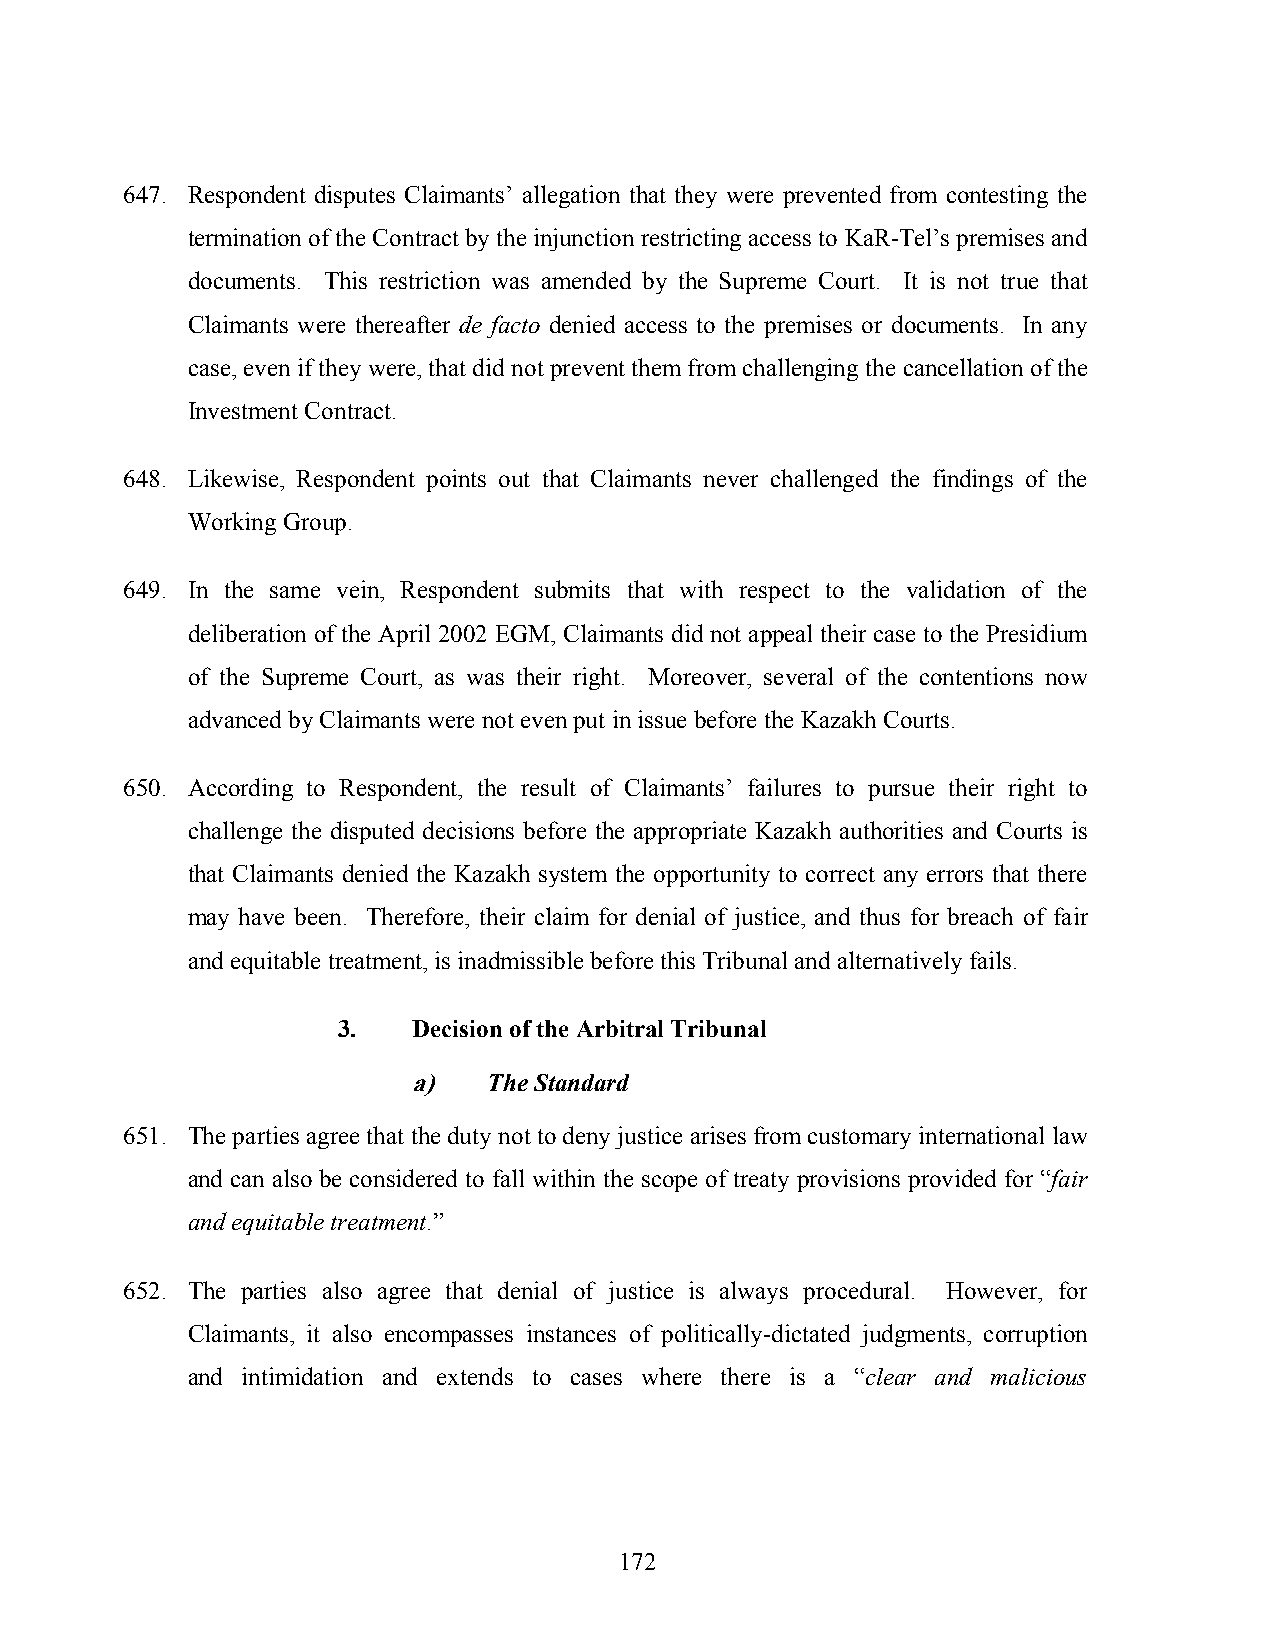
647. Respondent disputes Claimants’ allegation that they were prevented from contesting the
 termination of the Contract by the injunction restricting access to KaR-Tel’s premises and
 documents. This restriction was amended by the Supreme Court. It is not true that
 Claimants were thereafter de facto denied access to the premises or documents. In any
 case, even if they were, that did not prevent them from challenging the cancellation of the
 Investment Contract.
 648. Likewise, Respondent points out that Claimants never challenged the findings of the
 Working Group.
 649. In the same vein, Respondent submits that with respect to the validation of the
 deliberation of the April 2002 EGM, Claimants did not appeal their case to the Presidium
 of the Supreme Court, as was their right. Moreover, several of the contentions now
 advanced by Claimants were not even put in issue before the Kazakh Courts.
 650. According to Respondent, the result of Claimants’ failures to pursue their right to
 challenge the disputed decisions before the appropriate Kazakh authorities and Courts is
 that Claimants denied the Kazakh system the opportunity to correct any errors that there
 may have been. Therefore, their claim for denial of justice, and thus for breach of fair
 and equitable treatment, is inadmissible before this Tribunal and alternatively fails.
 3.   Decision of the Arbitral Tribunal
 a)   The Standard
 651. The parties agree that the duty not to deny justice arises from customary international law
 and can also be considered to fall within the scope of treaty provisions provided for “fair
 and equitable treatment.”
 652. The parties also agree that denial of justice is always procedural. However, for
 Claimants, it also encompasses instances of politically-dictated judgments, corruption
 and intimidation and extends to cases where there is a “clear and malicious
 172